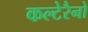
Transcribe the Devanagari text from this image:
कल्टेरैनो